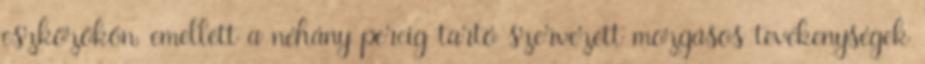
eszközökön, emellett a néhány percig tartó szervezett mozgásos tevékenységek